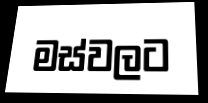
මස්වලට